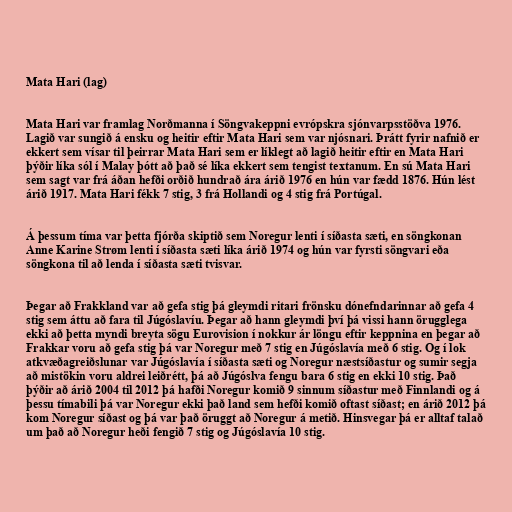
Mata Hari (lag)

Mata Hari var framlag Norðmanna í Söngvakeppni evrópskra sjónvarpsstöðva 1976.
Lagið var sungið á ensku og heitir eftir Mata Hari sem var njósnari. Þrátt fyrir nafnið er
ekkert sem vísar til þeirrar Mata Hari sem er líklegt að lagið heitir eftir en Mata Hari
þýðir líka sól í Malay þótt að það sé líka ekkert sem tengist textanum. En sú Mata Hari
sem sagt var frá áðan hefði orðið hundrað ára árið 1976 en hún var fædd 1876. Hún lést
árið 1917. Mata Hari fékk 7 stig, 3 frá Hollandi og 4 stig frá Portúgal.

Á þessum tíma var þetta fjórða skiptið sem Noregur lenti í síðasta sæti, en söngkonan
Anne Karine Strøm lenti í síðasta sæti líka árið 1974 og hún var fyrsti söngvari eða
söngkona til að lenda í síðasta sæti tvisvar.

Þegar að Frakkland var að gefa stig þá gleymdi ritari frönsku dónefndarinnar að gefa 4
stig sem áttu að fara til Júgóslavíu. Þegar að hann gleymdi því þá vissi hann örugglega
ekki að þetta myndi breyta sögu Eurovision í nokkur ár löngu eftir keppnina en þegar að
Frakkar voru að gefa stig þá var Noregur með 7 stig en Júgóslavía með 6 stig. Og í lok
atkvæðagreiðslunar var Júgóslavía í síðasta sæti og Noregur næstsíðastur og sumir segja
að mistökin voru aldrei leiðrétt, þá að Júgóslva fengu bara 6 stig en ekki 10 stig. Það
þýðir að árið 2004 til 2012 þá hafði Noregur komið 9 sinnum síðastur með Finnlandi og á
þessu tímabili þá var Noregur ekki það land sem hefði komið oftast síðast; en árið 2012 þá
kom Noregur síðast og þá var það öruggt að Noregur á metið. Hinsvegar þá er alltaf talað
um það að Noregur heði fengið 7 stig og Júgóslavía 10 stig.